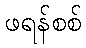
ဖရန်စစ်